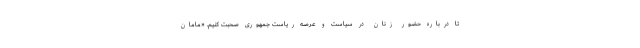
تا درباره حضور زنان در سیاست و عرصه ریاست جمهوری صحبت کنیم. «مامان